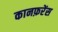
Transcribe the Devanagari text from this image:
कानफ़रेंस